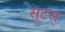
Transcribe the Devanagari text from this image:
सूटस्